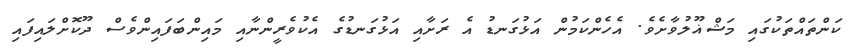
ކަންތައްތަކުގައި މަޝްޣޫލުވާށެވެ. އެހެންކަމުން އަޅުގަނޑު އެ ރަށާއި އަޅުގަނޑުގެ އެކުވެރީންނާއި މައިންބަފައިންވެސް ދޫކޮށްލައިފައި